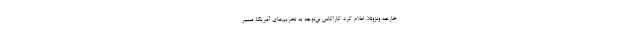
خارجه ونزوئلا، اعلام کرد کاراکاس بی‌توجه به تحریم‌های آمریکا، مسیر